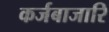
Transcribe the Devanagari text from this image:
कर्जबाजारि